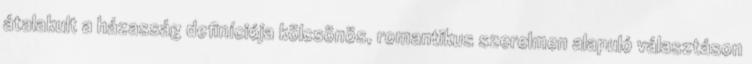
átalakult a házasság deﬁníciója kölcsönös, romantikus szerelmen alapuló választáson